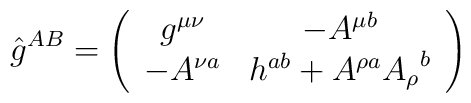
\hat{g}^{AB} =\left( \begin{array}{cc} g^{\mu\nu} &  -A^{\mu b} \\-A^{\nu a} & h^{ab} + A^{\rho a} {A_{\rho}}^b \end{array} \right)